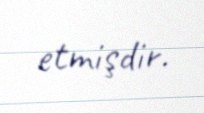
etmişdir.